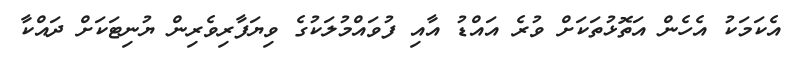
އެކަމަކު އެހެން އަތޮޅުތަކަށް ވުރެ އައްޑު އާއި ފުވައްމުލަކުގެ ވިޔަފާރިވެރިން ޔުނިޓަކަށް ދައްކާ